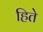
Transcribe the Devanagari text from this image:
हिते